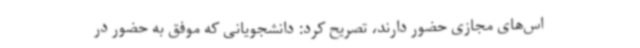
اس‌های مجازی حضور دارند، تصریح کرد: دانشجویانی که موفق به حضور در